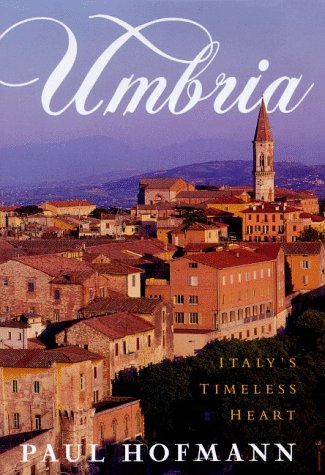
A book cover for Umbria: Italy's Timeless Heart; Paul Hofmann; Travel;